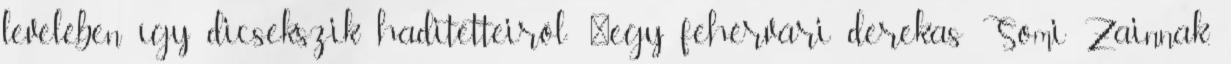
levelében így dicsekszik haditetteiről: "egy fehérvári derekas Somi Zainnak,